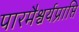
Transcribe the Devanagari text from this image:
पारमैश्वर्यप्राप्ति